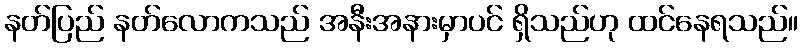
နတ်ပြည် နတ်လောကသည် အနီးအနားမှာပင် ရှိသည်ဟု ထင်နေရသည်။